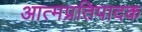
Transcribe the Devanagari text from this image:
आत्मप्रतिपादक